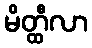
မိတ္ထီလာ